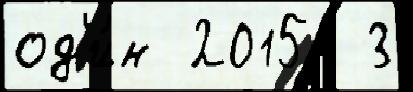
од'и́н 2015  3